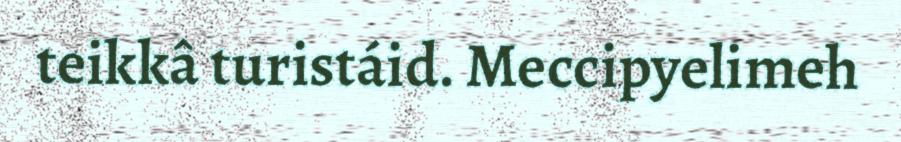
teikkâ turistáid. Meccipyelimeh